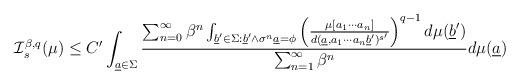
LaTeX: \begin{align*}\mathcal I_s^{\beta,q}(\mu)\leq C'\int_{\underline a\in\Sigma}\dfrac{\sum_{n=0}^{\infty}\beta^n\int_{\underline b' \in\Sigma:\underline b' \wedge \sigma^n\underline a = \phi} \left(\frac{\mu[a_1\cdots a_n]}{d(\underline a,a_1\cdots a_n\underline b')^{s'}}\right)^{q-1}d\mu(\underline b')}{\sum_{n=1}^{\infty}\beta^n}d\mu(\underline a)\end{align*}